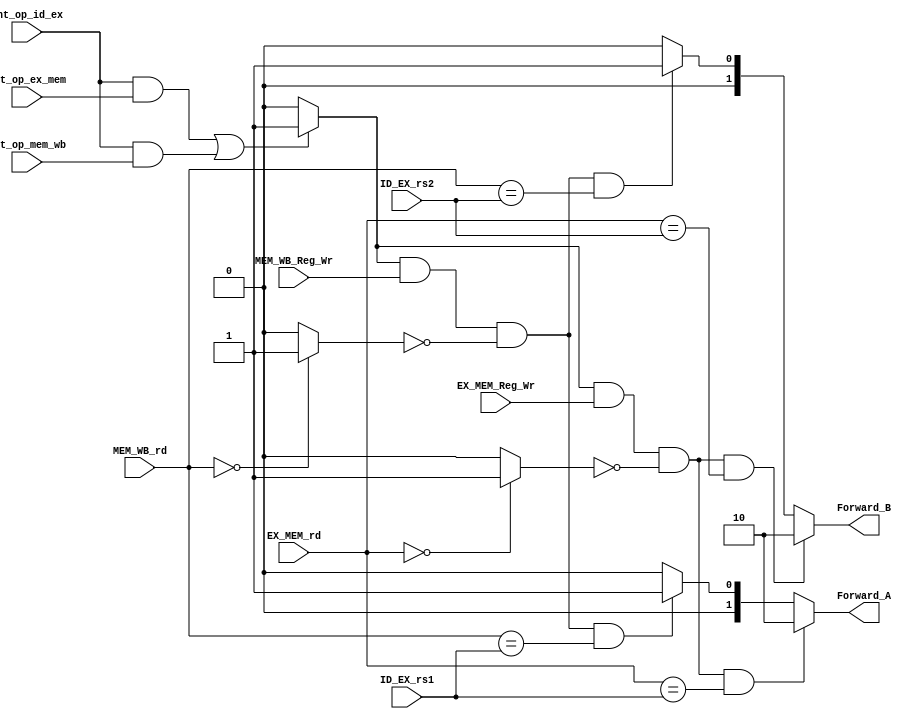
(* DONT_TOUCH = "TRUE" *) module IForward_Unit #(
	parameter WIDTH_SOURCE = 5
)
(
	// INPUT
	// Foward Decision Signals
	input  wire                    int_op_id_ex,
	input  wire                    int_op_ex_mem,
	input  wire                    int_op_mem_wb,

	input  wire 				   EX_MEM_Reg_Wr,
	input  wire 				   MEM_WB_Reg_Wr,
	input  wire [WIDTH_SOURCE-1:0] ID_EX_rs1,
	input  wire [WIDTH_SOURCE-1:0] ID_EX_rs2,
	input  wire [WIDTH_SOURCE-1:0] EX_MEM_rd,
	input  wire [WIDTH_SOURCE-1:0] MEM_WB_rd,

	// OUTPUT
	output reg [1:0] 			   Forward_A,
	output reg [1:0] 			   Forward_B
);

reg iforward_detect;

wire EX_dest_x0;
wire MEM_dest_x0;

assign EX_dest_x0 	  = !EX_MEM_rd? 1'b1:1'b0;
assign MEM_dest_x0 	  = !MEM_WB_rd? 1'b1:1'b0;

always @(*) begin
	if ((int_op_id_ex == 1'b1 && int_op_ex_mem == 1'b1) || (int_op_id_ex == 1'b1 && int_op_mem_wb == 1'b1)) begin
		iforward_detect = 1'b1;
	end
	else begin
		iforward_detect = 1'b0;
	end

end

// Src1 ==> A
always @(*) begin

	Forward_A = 2'b00;
	
	// EX Forward
	if (iforward_detect && EX_MEM_Reg_Wr && !EX_dest_x0 && EX_MEM_rd == ID_EX_rs1) begin
		Forward_A = 2'b10;		
	end
	// MEM Forward
	else if (iforward_detect && MEM_WB_Reg_Wr && !MEM_dest_x0 && MEM_WB_rd == ID_EX_rs1) begin
		Forward_A = 2'b01;		
	end
	else begin
		Forward_A = 2'b00;
	end
	
end

// Src1 ==> B
always @(*) begin

	Forward_B = 2'b00;
	
	// EX Forward
	if (iforward_detect && EX_MEM_Reg_Wr && !EX_dest_x0 && EX_MEM_rd == ID_EX_rs2) begin
		Forward_B = 2'b10;		
	end
	// MEM Forward
	else if (iforward_detect && MEM_WB_Reg_Wr && !MEM_dest_x0 && MEM_WB_rd == ID_EX_rs2) begin
		Forward_B = 2'b01;		
	end
	else begin
		Forward_B = 2'b00;
	end
	
end

endmodule